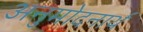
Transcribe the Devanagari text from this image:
अनुमोदनार्थ